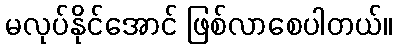
မလုပ်နိုင်အောင် ဖြစ်လာစေပါတယ်။